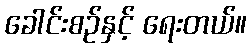
ခေါင်းစဉ်နှင့် ရေးတယ်။